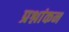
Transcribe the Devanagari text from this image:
प्रश्नांकन